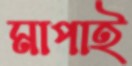
মাপাই